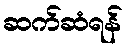
ဆက်ဆံရန်